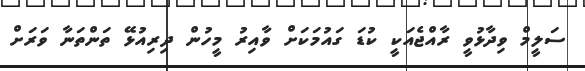
ސަލީމް ވިދާޅުވީ ރާއްޖެއަކީ ކުޑަ ގައުމަކަށް ވާއިރު މީހުން ދިރިއުޅޭ ތަންތަނާ ވަރަށް